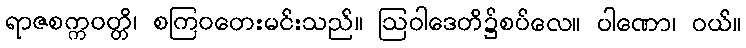
ရာဇစက္ကဝတ္တိ၊ စကြဝတေးမင်းသည်။ ဩဝါဒေတိ၌စပ်လေ။ ပါဏော၊ ဝယ်။